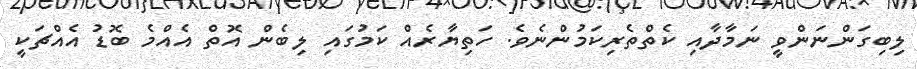
ލިބިގަންނަންވީ ނަމާދާއި ކެތްތެރިކަމުންނެވެ. ހަތިޔާރެއް ކަމުގައި ލިބެން އޮތް އެއްމެ ބޮޑު އެއްޗަކީ